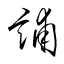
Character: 誧